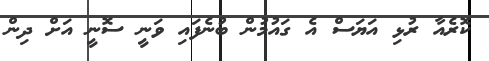
ކޮރެއާ ރުޅި އަޔަސް އެ ގައުމުން ބުނެފައި ވަނީ ސޮނީ އަށް ދިން